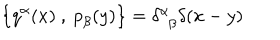
\left\{ q ^ { \alpha } ( x ) ~ , ~ { p } _ { \beta } ( y ) \right\} = \delta _ { \hphantom { \alpha } \beta } ^ { \alpha } \delta ( x - y )